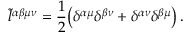
\tilde { l } ^ { \alpha \beta \mu \nu } = \frac { 1 } { 2 } \big ( \delta ^ { \alpha \mu } \delta ^ { \beta \nu } + \delta ^ { \alpha \nu } \delta ^ { \beta \mu } \big ) \, .